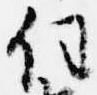
任